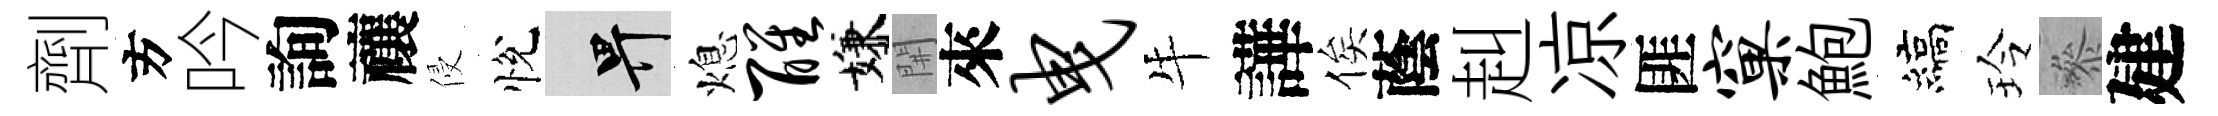
劑方吟詢禳侵悅畀熄醒嫌𨳩來曳牛譁俟蔭赳凉匪窠鮑縞玲叅建